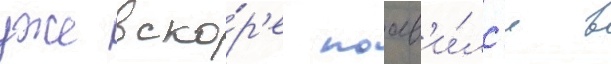
уже вско́р'е поав'и́лс'я в